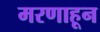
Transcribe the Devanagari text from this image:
मरणाहून